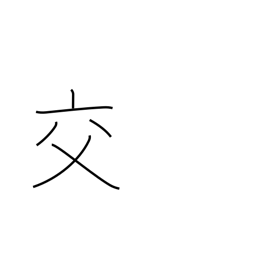
Meaning: mixing